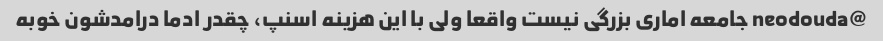
@neodouda جامعه اماری بزرگی نیست واقعا ولی با این هزینه اسنپ، چقدر ادما درامدشون خوبه